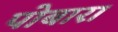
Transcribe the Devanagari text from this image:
पोबारा